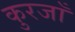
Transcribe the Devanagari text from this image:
कुरजाँ